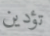
تؤدين